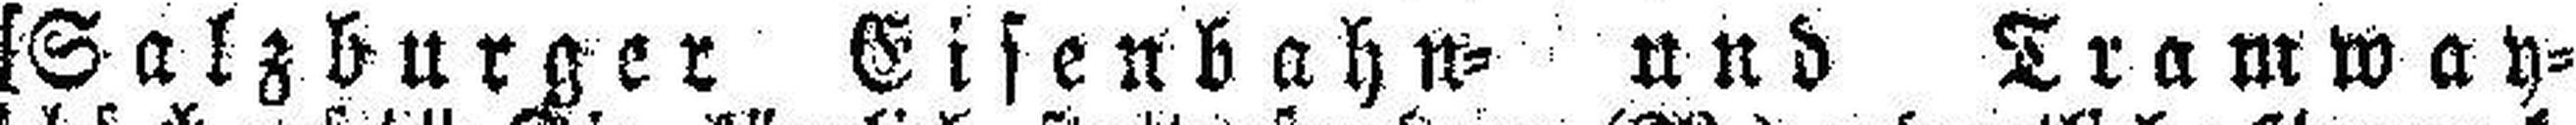
[Salzbarger Eisenbahn= und Tramway¬